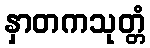
နှာတကသုတ္တံ